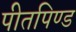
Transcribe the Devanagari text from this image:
पीतपिण्ड